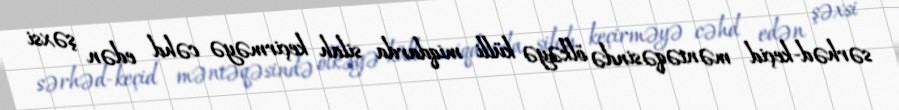
sərhəd-keçid məntəqəsində ölkəyə külli miqdarda silah keçirməyə cəhd edən şəxsi